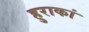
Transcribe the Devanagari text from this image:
हुराकां